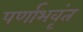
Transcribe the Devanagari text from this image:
पर्णाभवृंत